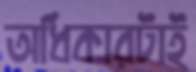
অধিকারটাই